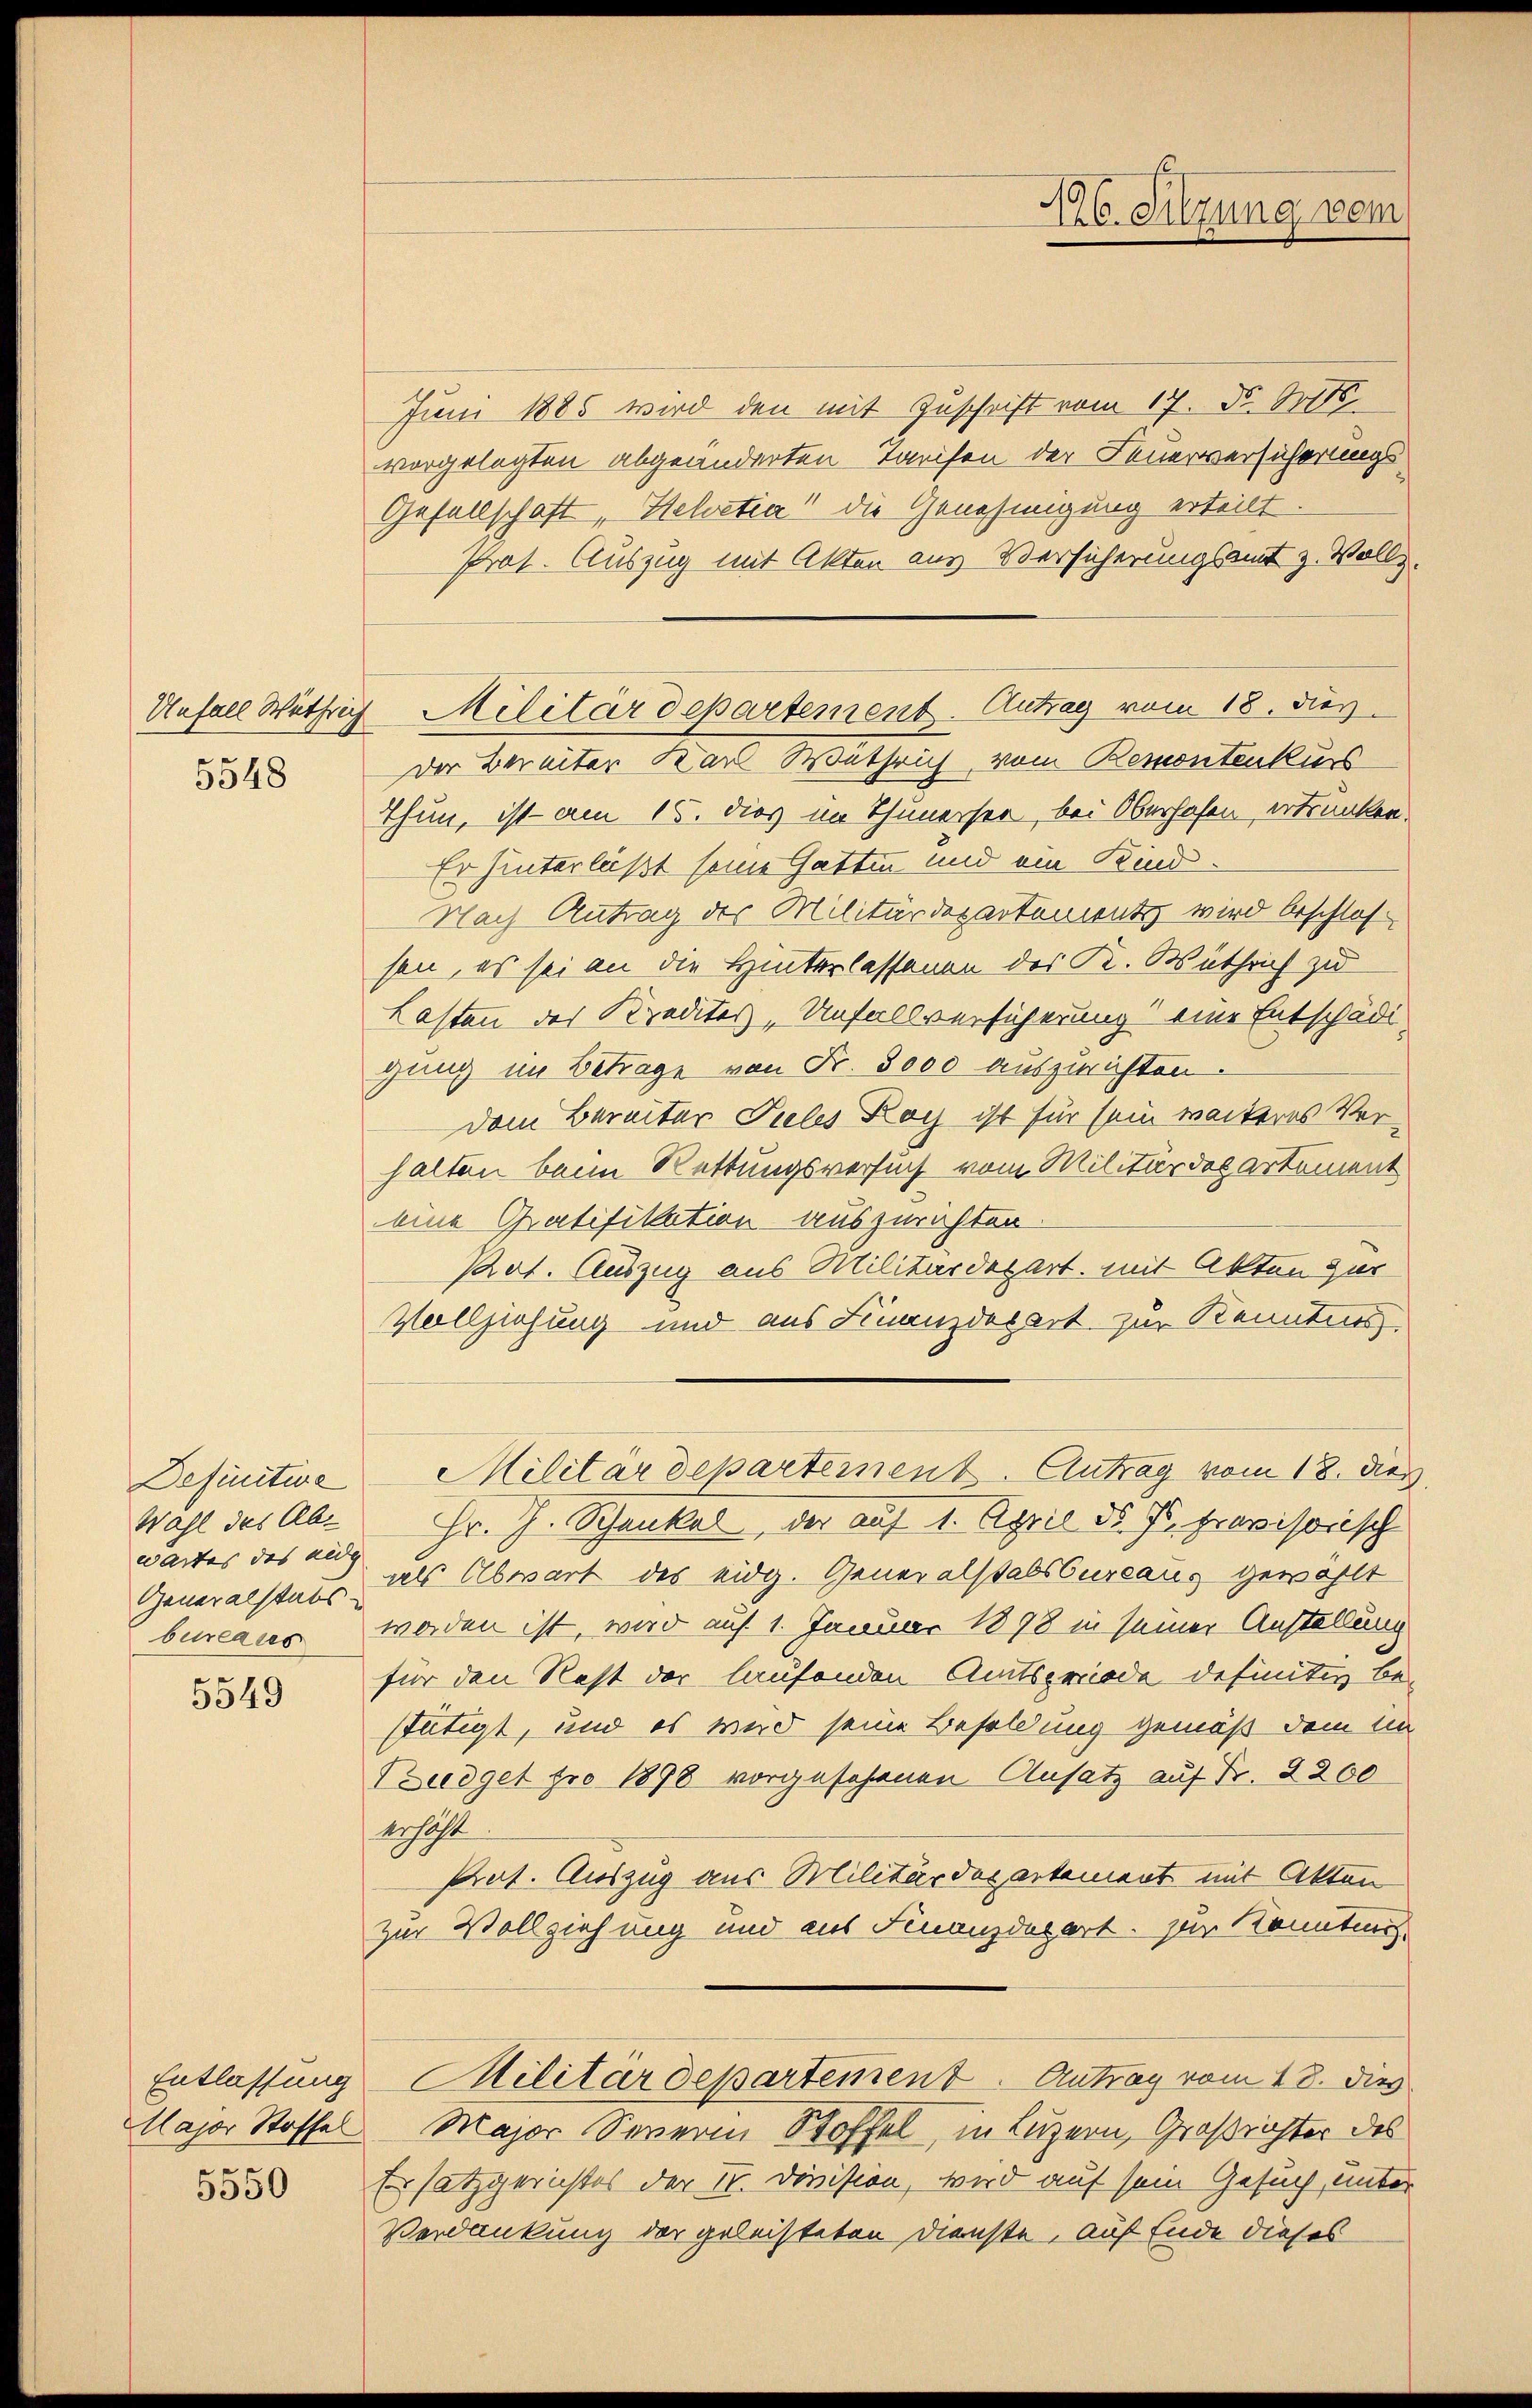
5548

Definitive
Wahl des Abwartes das eidg |
Generalstabs
bureases

5549

5550

Juni 1885 wird den mit Zuschrift vom 17. d. Orte
vorgelegten abgeänderten Tarifen der Feuerversicherungs
Gesellschaft "Helvetia" die Genehmigung erteilt.
Prat. Auszug mit Akten aus Versicherungsamt z. Vollz
der Bereiter Kan Wathrich vom Remontenkurs
Thun, ist am 15. dies im Thunersee, bei Oberhofen, ertrunken.
Er hinterläßt seine Gattin und ein Kind¬
Nach Antrag des Militärdepartements wird beschlos
sen, es sei an die Hinterlassenen des K. Wüthrich zu
Lasten des Kredites, Unfallversicherung eine Entschädigung im Betrage von Fr. 3000 auszurichten.
dem Bereiter Tieles Kay ist für sein weiteres Verhalten beim Rettungsversuch vom Militärdepartement
eine Gratifikation auszurichten.
Pot. Auszug aus Militärdepart mit Akten zur
Vollziehung und aus Finanzdepart zur Kenntnis
Militärdepartement. Antrag vom 18. dies
Hr. J. Schankel, der auf 1. April d. J. provisorisch
als Abwart des eidg. Generalstabsbureaus gewählt
worden ist, wird auf 1. Januar 1898 in seiner Anstellung
für den Rest der laufenden Amtspriode definitiv be-
stätigt, und es wird seine Besoldung gemäß dem in
Budget pro 1898 vorgesehenen Ansatz auf Fr. 2200
erhaft
Prat. Auszug aus Militärdepartement mit Akten
zur Vollziehung und aus Finanzdepart. Er konnten
Entlassung Militärdepartement. Antrag vom 18. dies
Major Stoffel Major Severin Stoffel, in Luzern, Großrichter des
Ersatzgerichtes der Sr. Division, wird auf sein Gesuch, unter
Verdankung der geleisteten Dienste, auf Ende dieses

Unfall Wethlich Militärdepartement. Antrag vom 18. dies

16. Sitzung dem